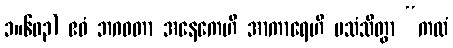
၁။၆၀၃) ဧဝံ ဘဂဝတာ အနေကေဟိ အာကာရေဟိ ပသံသိတွာ “ကထံ